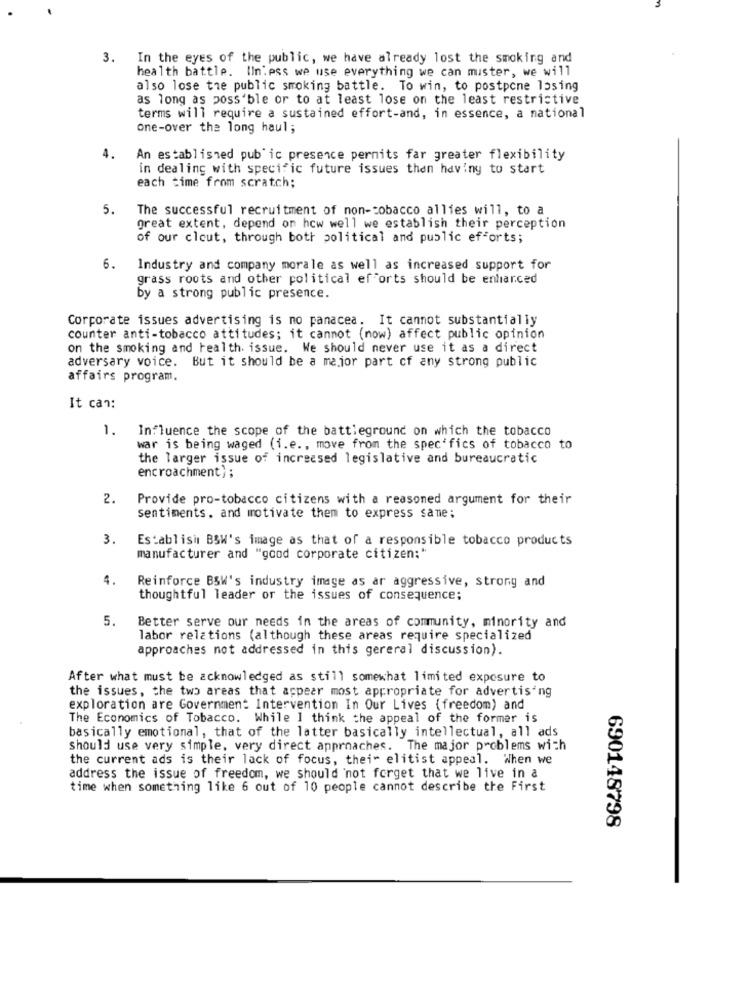
3. In the eyes of the public, we have already lost the smoking and
health battle. Iln.ess we use everything we can muster, we will
also lose the public smoking battle. To win, to postpone losing
as long as possible or to at least lose on the least restrictive
terms will require a sustained effort-and, in essence, a national
one-over the long haul;
4.
An established public presence pernits far greater flexibility
in dealing with specific future issues then haviny to start
each time from scratch;
5.
The successful recruitment of non-tobacco allies will, to a
great extent, depend on how well we establish their perception
of our clout, through both political and public efforts;
6.
Industry and company morale as well as increased support for
grass roots and other political efforts should be enfiarced
by a strong public presence.
Corporate issues advertising is no panacea. It cannot substantially
counter anti-tobacco attitudes; it cannot (now) affect public opinion
on the smoking and health. issue. We should never use it as a direct
adversary voice. But it should be a major part of any strong public
affairs program.
It can:
1. Influence the scope of the battleground on which the tobacco
war is being waged (i.e ., move from the spec'fics of tobacco to
the larger issue of increased legislative and bureaucratic
encroachment; ;
2.
Provide pro-tobacco citizens with a reasoned argument for their
sentiments, and motivate them to express same;
3.
Establish B&W's image as that of a responsible tobacco products
manufacturer and "good corporate citizen;"
4.
Reinforce BSW's industry image as ar aggressive, strong and
thoughtful leader or the issues of consequence;
5.
Better serve our needs in the areas of community, minority and
labor relations (although these areas require specialized
approaches not addressed in this gereral discussion).
After what must be acknowledged as still somewhat limited exposure to
the issues, the two areas that appear most appropriate for advertising
exploration are Government Intervention In Our Lives (freedom) and
The Economics of Tobacco. While I think the appeal of the former is
basically emotional, that of the latter basically intellectual, all ads
should use very simple, very direct approaches. The major problems with
the current ads is their lack of focus, thei- elitist appeal. When we
address the issue of freedom, we should not forget that we live in a
time when something like 6 out of 10 people cannot describe the First
690148798